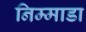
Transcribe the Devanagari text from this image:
निम्माडा